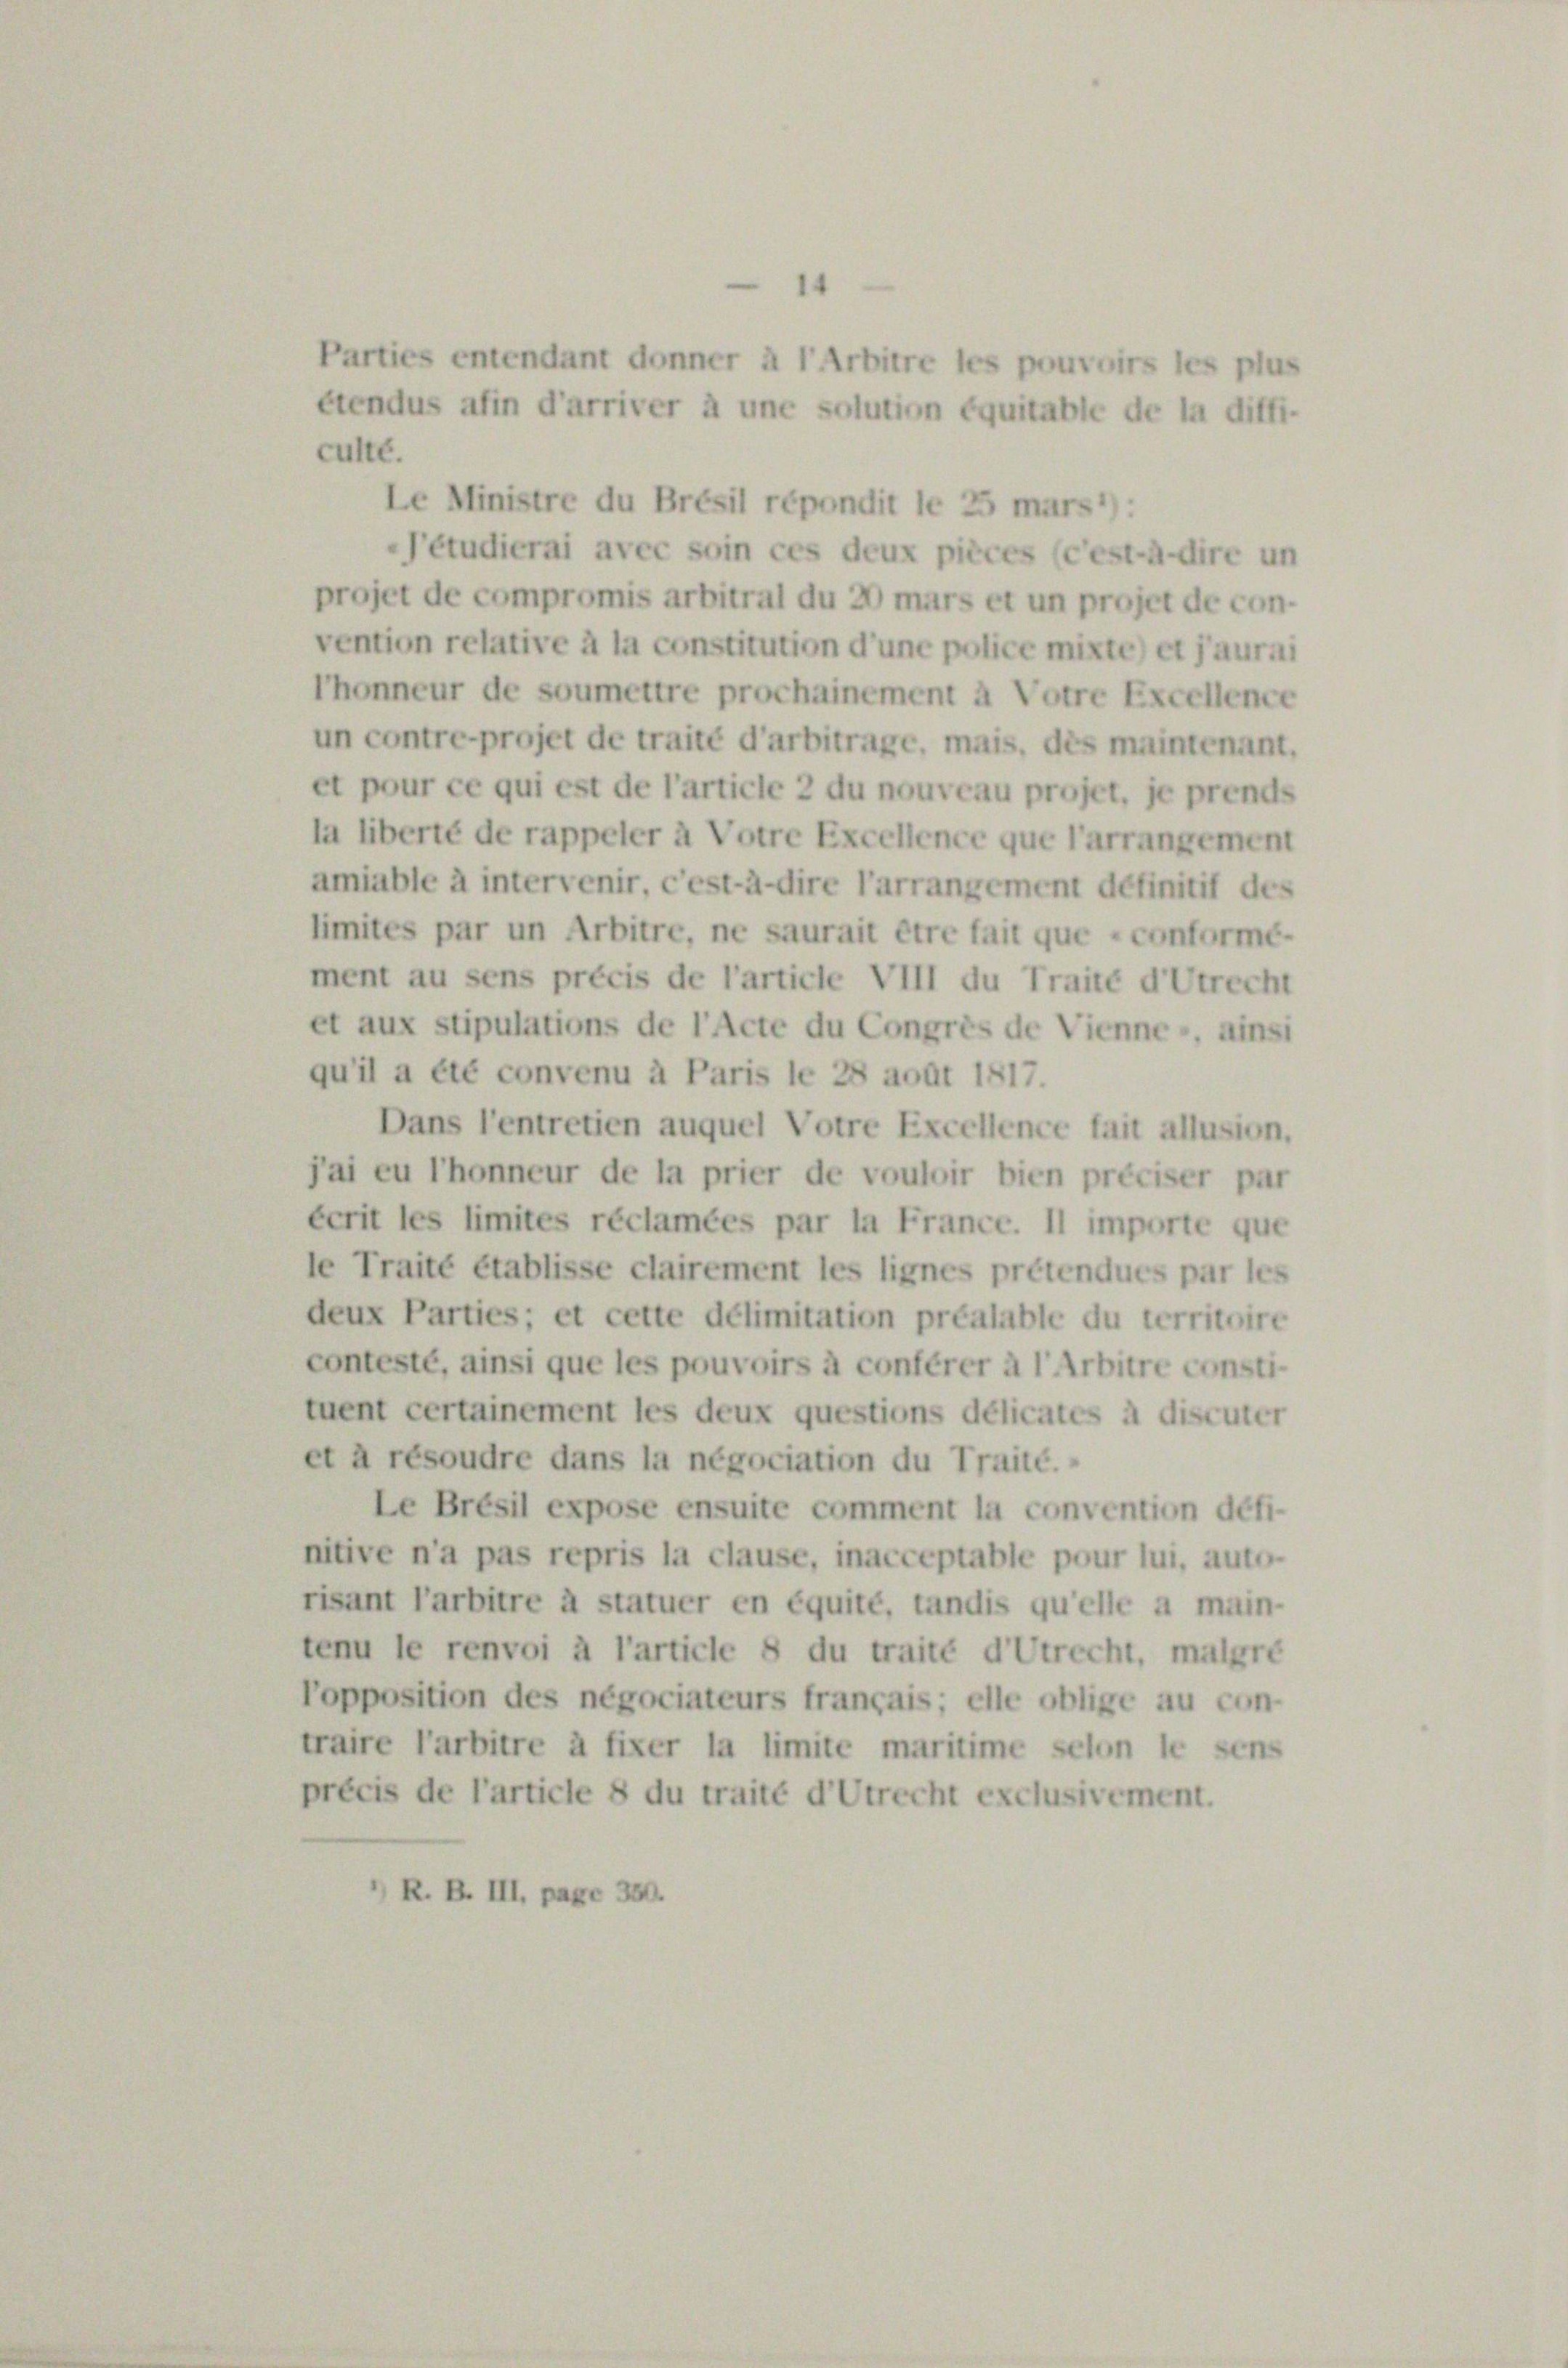
Parties entendant donner à l’Arbitre les pouvoirs les plu
étendus afin d’arriver à une solution équitable de la diffi
culté.
Le Ministre du Brésil répondit le 25 mars1):
-Pétudierai avec soin ces deux pièces (c’est-à-dire un
projet de compromis arbitral du 20 mars et un projet de con-
vention relative à la constitution d’une police mixte) et jaura
Thonneur de soumettre prochainement à Votre Excellene
un contreprojet de traité d’arbitrage, mais, des maintenant
et pour ce qui est de l’article 2 du nouveau projet, je prends
la liberté de rappeler à Votre Excellence que l’arrangement
amiable à intervenir, c’est-à-dire l’arrangement définitif des
limites par un Arbitre, ne saurait être fait que conformé
ment au sens précis de l’article VIII du Traité d’Utrecht
et aux stipulations de l’Acte du Congrès de Vienne, ainsi
qu’il a été convenu à Paris le 28 août 1817.
Dans l’entretien auquel Votre Excellence fait allusion,
jai eu l’honneur de la prier de vouloir bien préciser par
écrit les limites réclamées par la France. II importe que
le Traité établisse clairement les lignes prétendues par les
deux Parties; et cette délimitation préalable du territoire
contesté, ainsi que les pouvoirs à conférer à l’Arbitre consti-
tuent certainement les deux questions délicates à discuter
et à résoudre dans la négociation du Traité.
Le Brésil expose ensuite comment la convention défi-
nitive n’a pas repris la clause, inacceptable pour lui, auto-
risant Parbitre à statuer en équité, tandis qu’elle a main-
tenu le renvoi à l’article 8 du traité d’Utrecht, malgre
Popposition des négociateurs français; elle oblige au con
traire l’arbitre à fixer la limite maritime selon le sens
précis de l’article 8 du traité d’Utrecht exclusivement.
’) R. B. III, pag. 34.

e